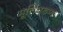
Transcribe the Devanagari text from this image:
मूर्तिघडण